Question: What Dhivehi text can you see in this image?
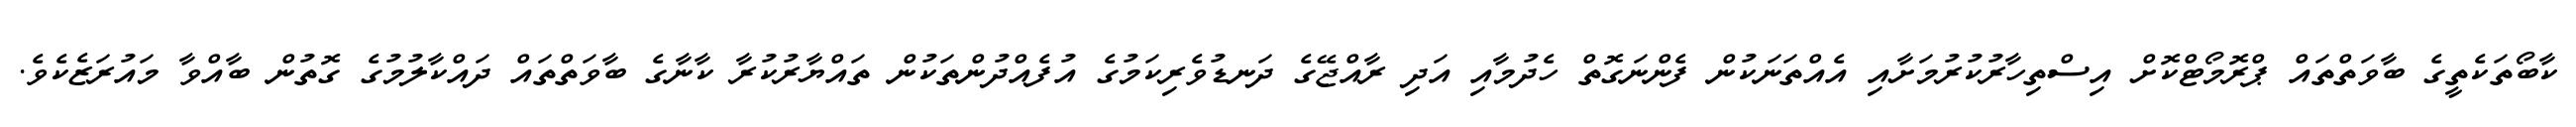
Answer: ކާބޯތަކެތީގެ ބާވަތްތައް ޕްރޮމޯޓްކޮށް އިސްތިހާރުކުރުމަށާއި އެއްތަނަކުން ފެންނަގޮތް ހެދުމާއި އަދި ރާއްޖޭގެ ދަނޑުވެރިކަމުގެ އުފެއްދުންތަކުން ތައްޔާރުކުރާ ކާނާގެ ބާވަތްތައް ދައްކާލުމުގެ ގޮތުން ބާއްވާ މައުރަޒެކެވެ.